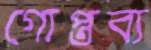
গোপ্তব্য